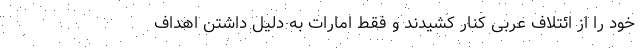
خود را از ائتلاف عربی کنار کشیدند و فقط امارات به دلیل داشتن اهداف